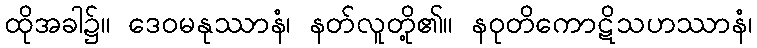
ထိုအခါ၌။ ဒေဝမနုဿာနံ၊ နတ်လူတို့၏။ နဝုတိကောဋိသဟဿာနံ၊